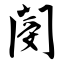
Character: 阌